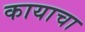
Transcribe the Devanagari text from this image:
कायाचा